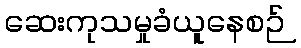
ဆေးကုသမှုခံယူနေစဉ်